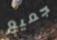
جميع